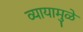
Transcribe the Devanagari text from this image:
व्यायामुळे